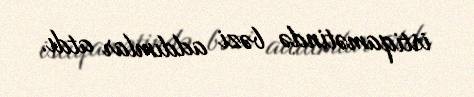
istiqamətində bəzi addımlar atdı.